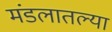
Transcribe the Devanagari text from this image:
मंडलातल्या